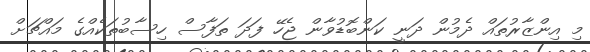
މި އިންޒާރުތައް ދެމުން ދަނީ ކަންބޮޑުވާން ޖެހޭ ފަދަ ތަފާސް ހިސާބުތަކެއްގެ މައްޗަށް